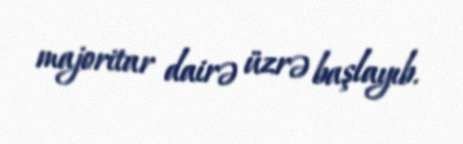
majoritar dairə üzrə başlayıb.